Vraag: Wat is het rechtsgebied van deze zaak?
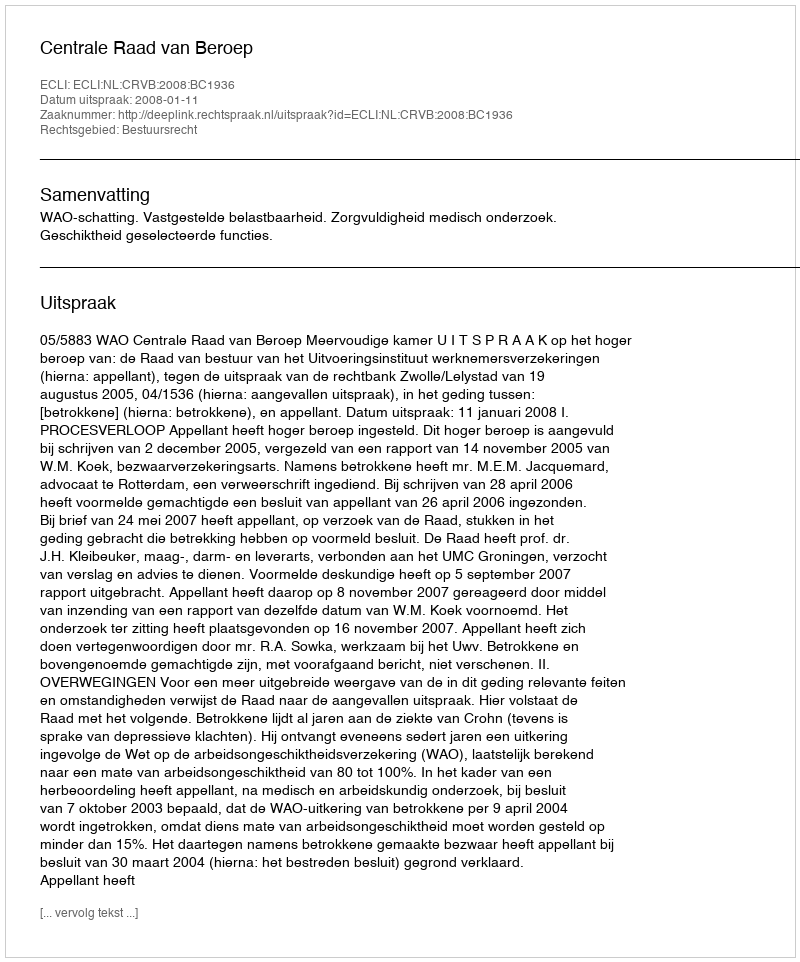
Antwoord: Bestuursrecht